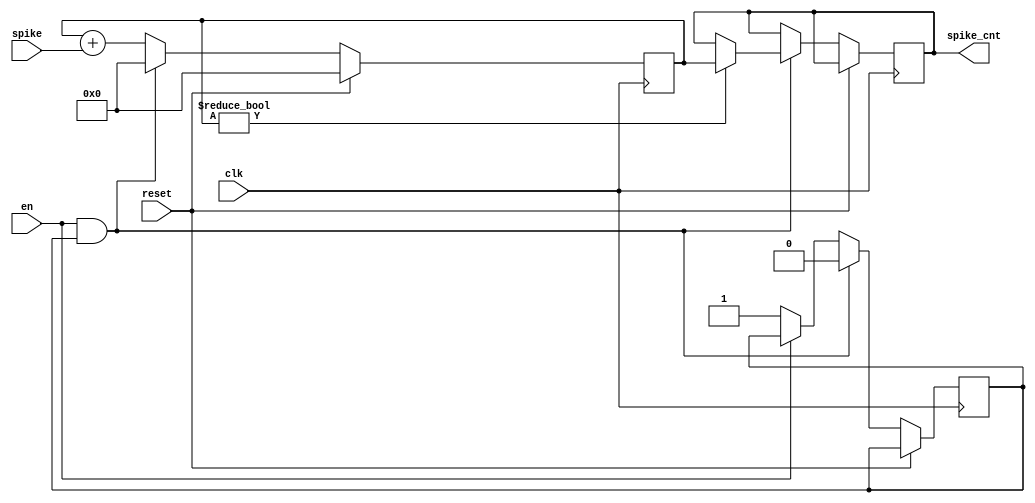
module spike_counter (
  input clk,
  input en,
  input spike,
  input reset,
  output reg [9:0] spike_cnt
);

reg [9:0] counter;
reg en_flag;

always @(posedge clk) begin     // 50 MHz clk
  if (reset) begin
    counter <= 0;
  end else begin
    counter <= counter + spike; // output spike from exc neurons
    if (!en) begin
      en_flag <= 1;
    end 
    if (en && en_flag) begin       // en is 20 kHz signal from frequency divider
      if (counter != 0) begin
        spike_cnt <= counter;   // spike_cnt goes through bin2hex to display3 (3 digit 7 segment display bdf)
      end
      counter <= 0;
      en_flag <= 0;
    end
  end
end

endmodule